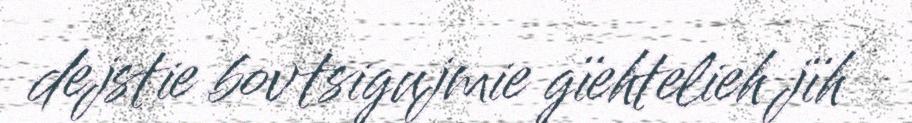
dejstie bovtsigujmie gïehtelieh jïh